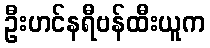
ဦးဟင်နရီဗန်ထီးယူက